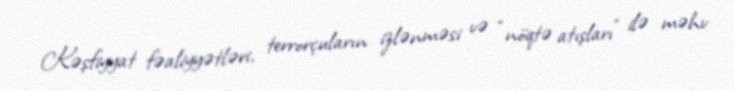
Kəşfiyyat fəaliyyətləri, terrorçuların izlənməsi və “nöqtə atışları” ilə məhv